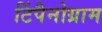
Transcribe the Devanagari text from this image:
टिंपैनोग्राम